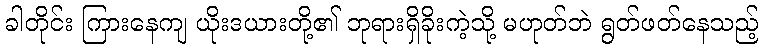
ခါတိုင်း ကြားနေကျ ယိုးဒယားတို့၏ ဘုရားရှိခိုးကဲ့သို့ မဟုတ်ဘဲ ရွတ်ဖတ်နေသည့်